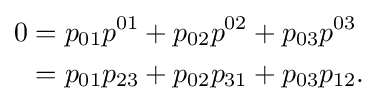
{\begin{aligned}0&=p_{01}p^{01}+p_{02}p^{02}+p_{03}p^{03}\\&=p_{01}p_{23}+p_{02}p_{31}+p_{03}p_{12}.\end{aligned}}